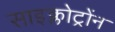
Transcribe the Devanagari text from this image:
साइक्लोट्रोंन